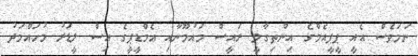
ނަމަވެސް އެއީ ޕީޕީއެމްގެ އިންތިގާލީ ރައީސް މައުމޫނާއި އެމްޑީޕީގެ އިސް ލީޑަރު މުހައްމަދު